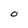
Character: O